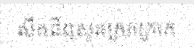
សឹកដីឮសូរក្រេកក្រាក